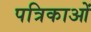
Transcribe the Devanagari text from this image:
पत्रिकाओं